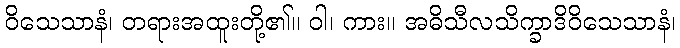
ဝိသေသာနံ၊ တရားအထူးတို့၏။ ဝါ၊ ကား။ အဓိသီလသိက္ခာဒိဝိသေသာနံ၊